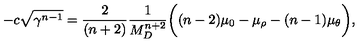
- c \sqrt { \gamma ^ { n - 1 } } = \frac { 2 } { ( n + 2 ) } \frac { 1 } { M _ { D } ^ { n + 2 } } \bigg ( ( n - 2 ) \mu _ { 0 } - \mu _ { \rho } - ( n - 1 ) \mu _ { \theta } \bigg ) ,